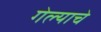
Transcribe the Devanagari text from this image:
गेल्‍याचे